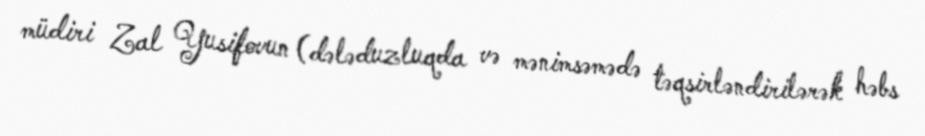
müdiri Zal Yusifovun (dələduzluqda və mənimsəmədə təqsirləndirilərək həbs